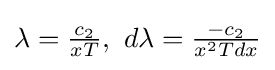
\lambda ={\tfrac {c_{2}}{xT}},\ d\lambda ={\tfrac {-c_{2}}{x^{2}Tdx}}